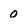
Character: o